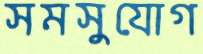
সমসুযোগ